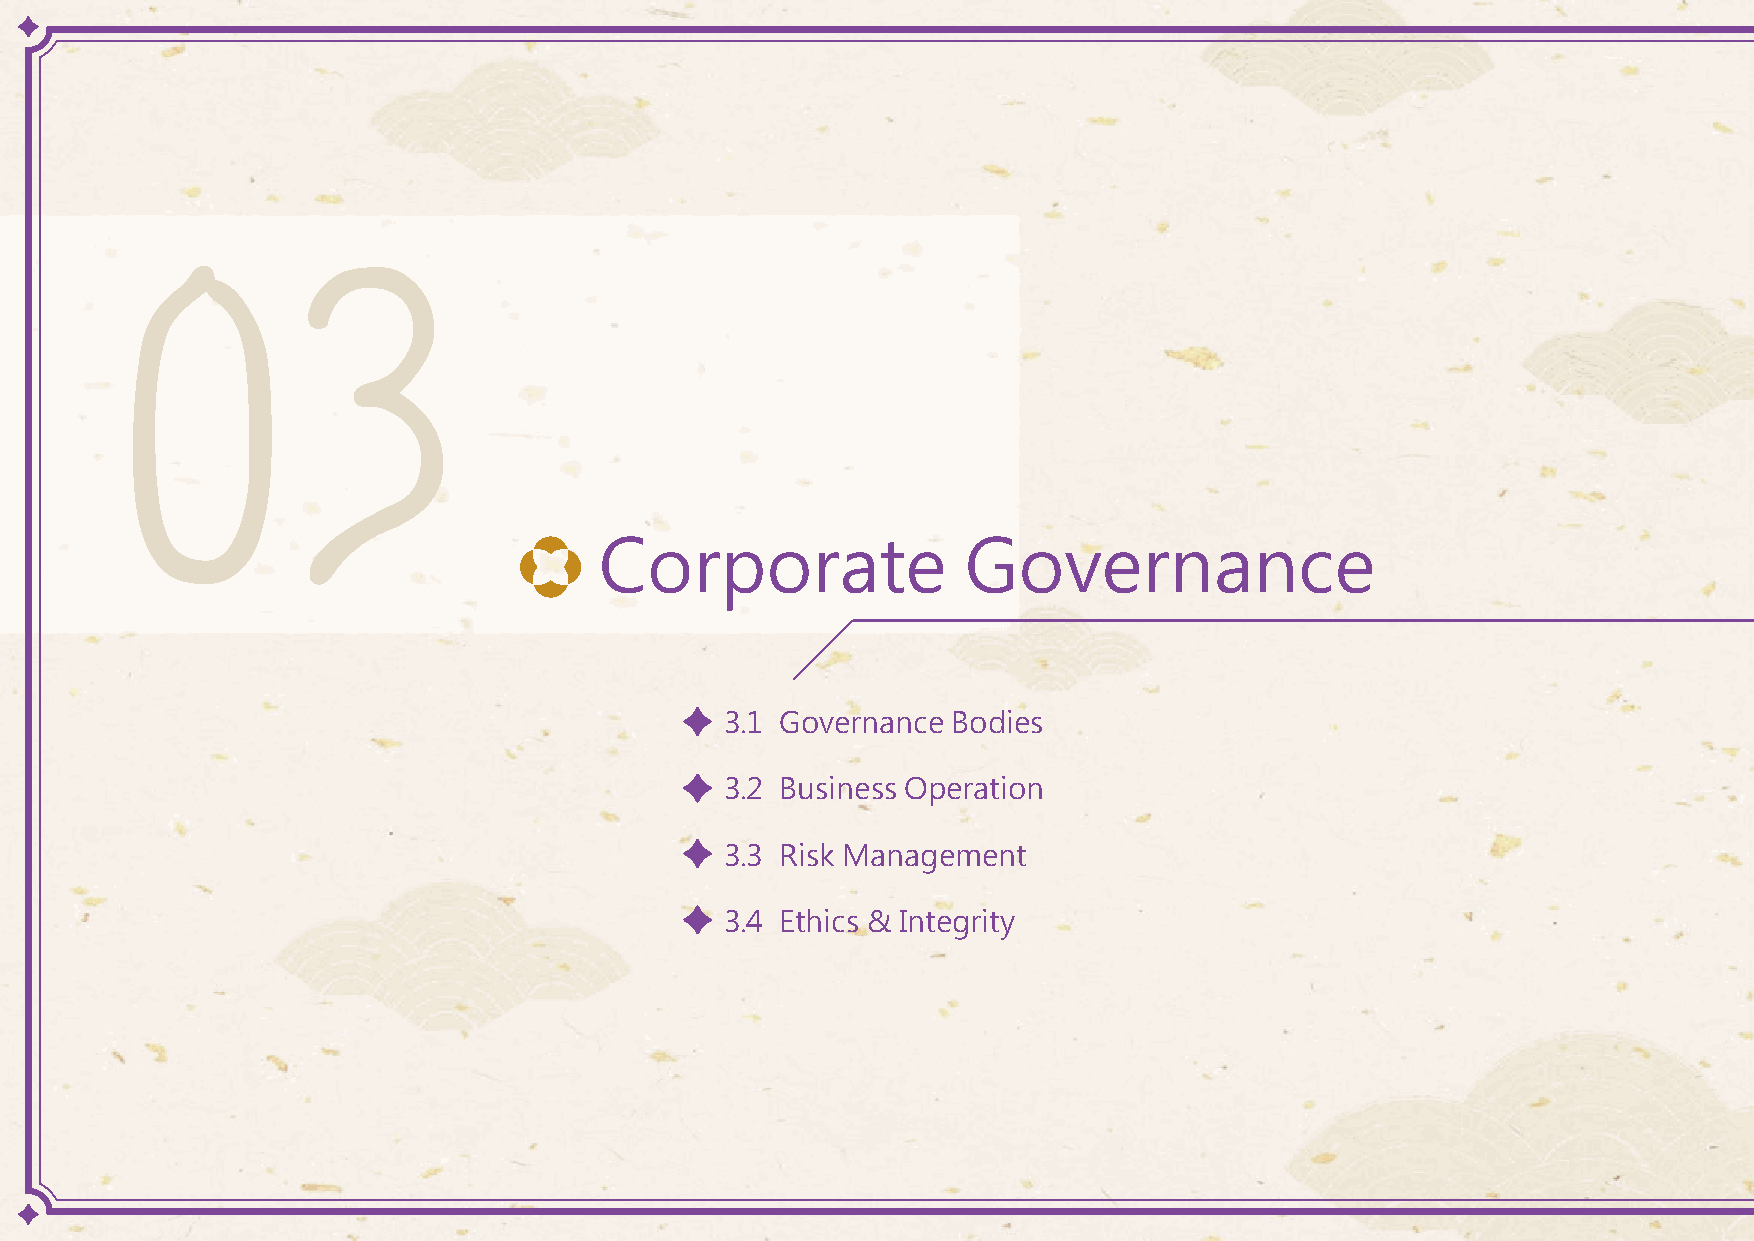
03
 77.78%   BOD  Members
 have completed Business
 Integrity & Communication    Established an Audit      Official roll out of the
 Training                 Committee           CMP  Sustainability Map
 Corporate               Governance
 Annual
 summary
 3.1 Governance Bodies                                                                       Corporate Governance         BOD  is 22.2%           Successful CMP 45th
 Evaluation improved from                                 Anniversary JPS
 3.2 Business Operation                                                                                                       female
 the general 81-100% to                                Management   Camp
 3.3 Risk Management
 the top 21 to 35%
 3.4 Ethics & Integrity